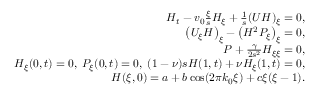
\begin{array} { r } { H _ { t } - v _ { 0 } \frac { \xi } { s } H _ { \xi } + \frac { 1 } { s } ( U H ) _ { \xi } = 0 , } \\ { \left( U _ { \xi } H \right) _ { \xi } - \left( H ^ { 2 } P _ { \xi } \right) _ { \xi } = 0 , } \\ { P + \frac { \gamma } { 2 s ^ { 2 } } H _ { \xi \xi } = 0 , } \\ { H _ { \xi } ( 0 , t ) = 0 , \; P _ { \xi } ( 0 , t ) = 0 , \; ( 1 - \nu ) s H ( 1 , t ) + \nu H _ { \xi } ( 1 , t ) = 0 , } \\ { H ( \xi , 0 ) = a + b \cos ( 2 \pi k _ { 0 } \xi ) + c \xi ( \xi - 1 ) . } \end{array}